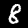
Digit: 8